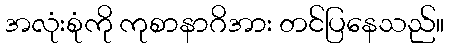
အလုံးစုံကို ကုစာနာဂိအား တင်ပြနေသည်။